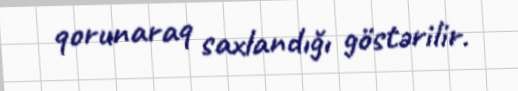
qorunaraq saxlandığı göstərilir.